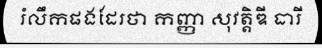
រំលឹកផងដែរថា កញ្ញា សុវត្តិឌី ធារី